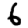
Digit: 6